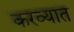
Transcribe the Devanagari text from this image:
करव्यात